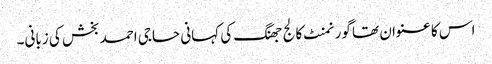
اس کا عنوان تھا گورنمنٹ کالج جھنگ کی کہانی حاجی احمد بخش کی زبانی۔